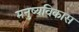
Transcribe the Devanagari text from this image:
मनुष्यविकास